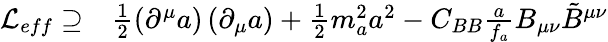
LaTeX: \begin{array}{rl}{\mathcal{L}_{eff}\supseteq}&{{}\frac{1}{2}\left(\partial^{\mu}a\right)\left(\partial_{\mu}a\right)+\frac{1}{2}m_{a}^{2}a^{2}-C_{BB}\frac{a}{f_{a}}B_{\mu\nu}\tilde{B}^{\mu\nu}}\end{array}